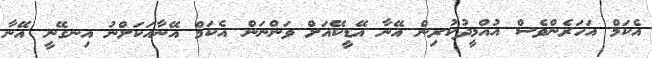
އެކަމް އަހަރެންވެސް އުއްމީދުކުރިން އޭނާ އޭޑީކޭއަށް ވަންނަން އެކަމް އޭނާއަކަށްނު އިނގޭނީ އޭނާ